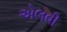
એલવી